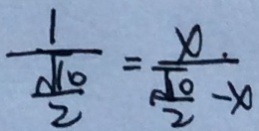
\frac { 1 } { \frac { \sqrt { 1 0 } } { 2 } } = \frac { \varphi } { \frac { \sqrt { 1 0 } } { 2 } - \varphi }